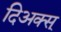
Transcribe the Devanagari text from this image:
दिअक्स्